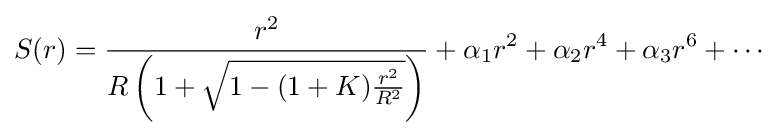
S(r)={\frac {r^{2}}{R\left(1+{\sqrt {1-(1+K){\frac {r^{2}}{R^{2}}}}}\right)}}+\alpha _{1}r^{2}+\alpha _{2}r^{4}+\alpha _{3}r^{6}+\cdots